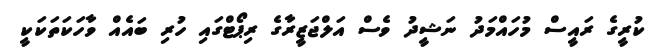
ކުރީގެ ރައީސް މުހައްމަދު ނަޝީދު ވެސް އަލްޖަޒީރާގެ ރިޕޯޓްގައި ހުރި ބައެއް ވާހަކަތަކަކީ